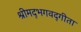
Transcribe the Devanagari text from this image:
श्रीमद्‌भगवद्‍गीता